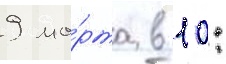
9 ма́рта в 10: